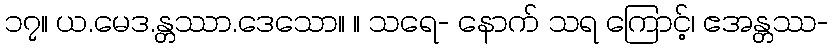
၁၇။ ယ.မေဒ.န္တဿာ.ဒေသော။ ။ သရေ- နောက် သရ ကြောင့်၊ ဧအန္တဿ-